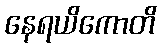
နေရယိကောတိ